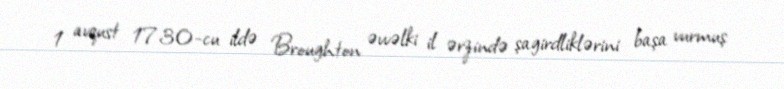
1 avqust 1730-cu ildə Broughton əvvəlki il ərzində şagirdliklərini başa vurmuş